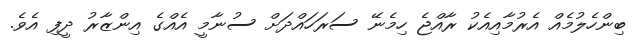
ބިންހެލުމެއް އެރުމާއިއެކު ރާއްޖެ ހިމެނޭ ސަރަހައްދަށް ސުނާމީ އެއްގެ އިންޒާރު ދީފި އެވެ.